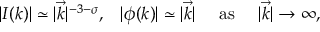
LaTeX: \begin{array} { c c c c } { { | I ( k ) | \simeq | \vec { k } | ^ { - 3 - \sigma } , } } & { { | \phi ( k ) | \simeq | \vec { k } | } } & { { \mathrm { \ a s \ } } } & { { | \vec { k } | \rightarrow \infty , } } \end{array}